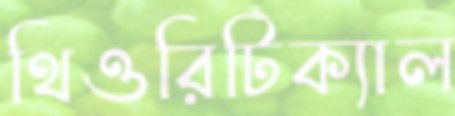
থিওরিটিক্যাল